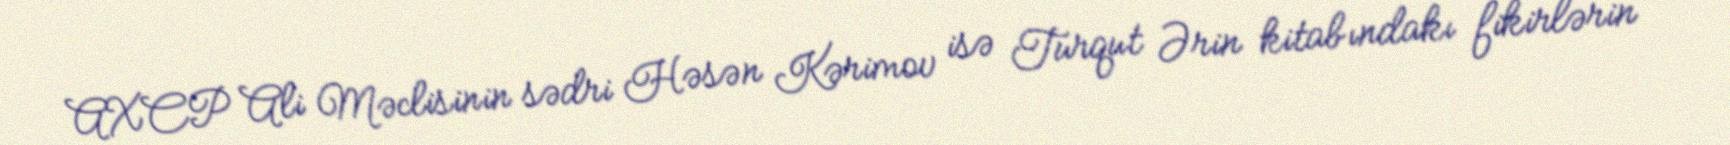
AXCP Ali Məclisinin sədri Həsən Kərimov isə Turqut Ərin kitabındakı fikirlərin